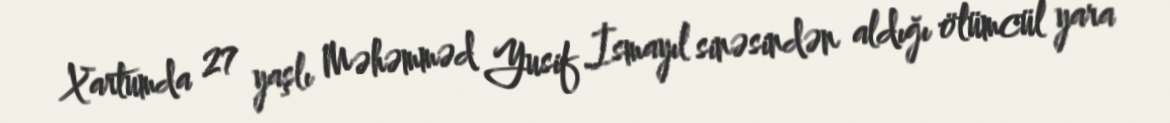
Xartumda 27 yaşlı Məhəmməd Yusif İsmayıl sinəsindən aldığı ölümcül yara